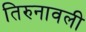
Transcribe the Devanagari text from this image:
तिरुनावली